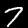
Label: 7